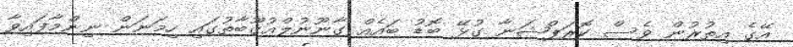
އޭގެ އިތުރުން ވެސް ކޮރަޕްޝަނާ ގުޅޭ ބޮޑު ބައެއް ގާނޫނުލްއުގޫބާތުގައި ހިމަނަން ނިންމާފައިވާ